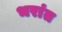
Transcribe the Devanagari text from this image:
भरांत